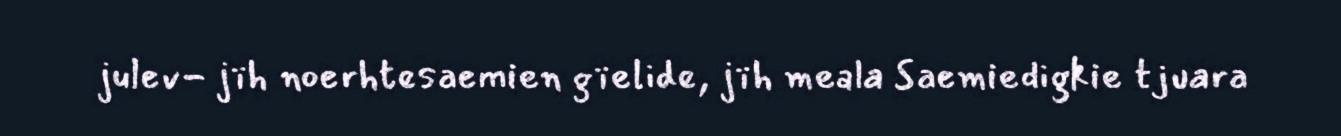
julev- jïh noerhtesaemien gïelide, jïh meala Saemiedigkie tjuara